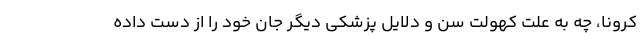
کرونا، چه به علت کهولت سن و دلایل پزشکی دیگر جان خود را از دست داده